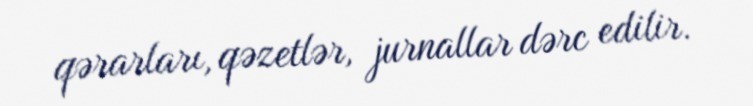
qərarları, qəzetlər, jurnallar dərc edilir.